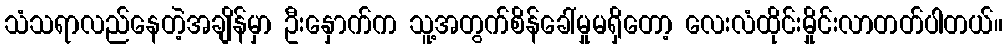
သံသရာလည်နေတဲ့အချိန်မှာ ဦးနှောက်က သူ့အတွက်စိန်ခေါ်မှုမရှိတော့ လေးလံထိုင်းမှိုင်းလာတတ်ပါတယ်။